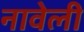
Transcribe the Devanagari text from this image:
नावेली